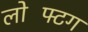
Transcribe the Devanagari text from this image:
लोफ्टिंग